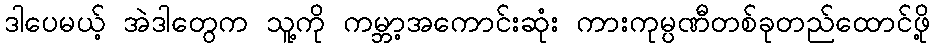
ဒါပေမယ့် အဲဒါတွေက သူ့ကို ကမ္ဘာ့အကောင်းဆုံး ကားကုမ္ပဏီတစ်ခုတည်ထောင်ဖို့